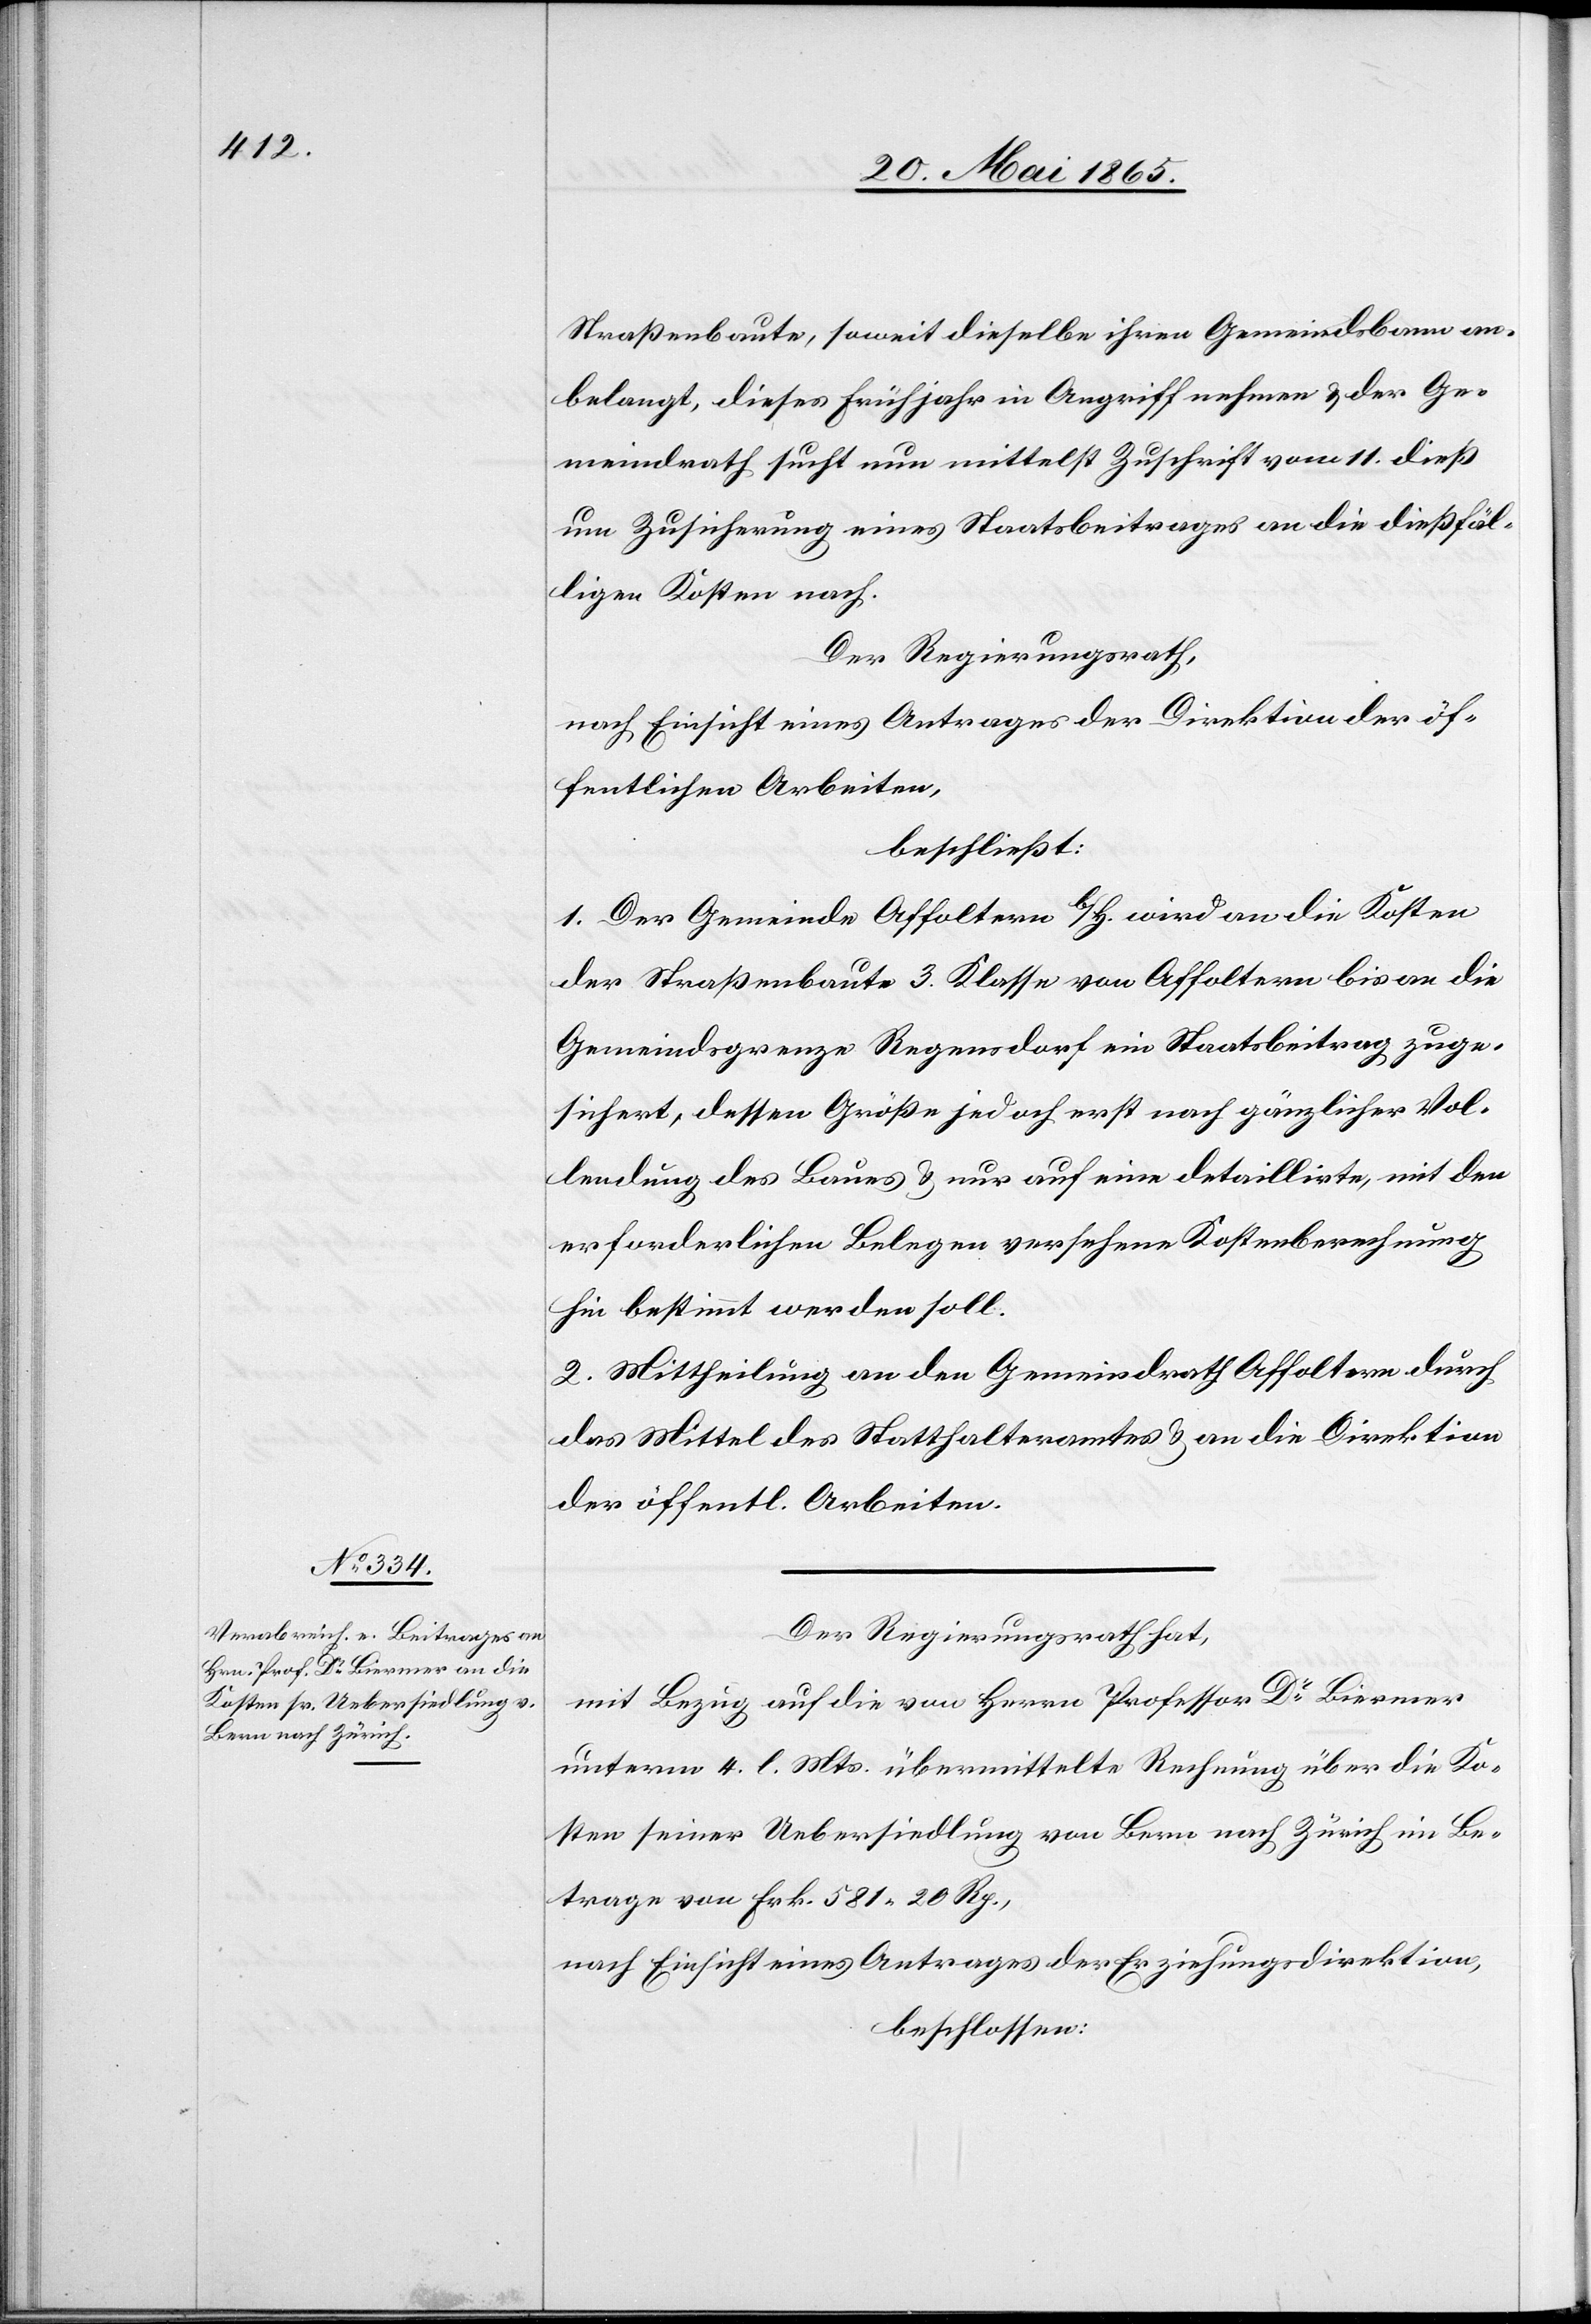
Straßenbaute, soweit dieselbe ihren Gemeindsbann an¬
belangt, dieses Frühjahr in Angriff nehmen & der Ge¬
meindrath sucht nun mittelst Zuschrift vom 11. dieß
um Zusicherung eines Staatsbeitrages an die dießfäl¬
ligen Kosten nach.
Der Regierungsrath,
nach Einsicht eines Antrages der Direktion der öf¬
fentlichen Arbeiten,
beschließt:
1. Der Gemeinde Affoltern b/H. wird an die Kosten
der Straßenbaute 3. Klasse von Affoltern bis an die
Gemeindsgrenze Regensdorf ein Staatsbeitrag zuge¬
sichert, dessen Größe jedoch erst nach gänzlicher Vol¬
lendung des Baues & nur auf eine detaillirte, mit den
erforderlichen Belegen versehene Kostenberechnung
hin bestimmt werden soll.
2. Mittheilung an den Gemeindrath Affoltern durch
das Mittel des Statthalteramtes & an die Direktion
der öffentl. Arbeiten.
Der Regierungsrath hat,
mit Bezug auf die von Herrn Professor Dr Biermer
unterm 4. l. Mts. übermittelte Rechnung über die Ko¬
sten seiner Uebersiedlung von Bern nach Zürich im Be¬
trage von Frk. 581 20 Rp.,
nach Einsicht eines Antrages der Erziehungsdirektion,
beschlossen: